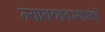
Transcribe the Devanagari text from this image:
न्यायव्यवस्थामंत्री